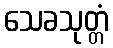
သေခသုတ္တံ